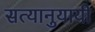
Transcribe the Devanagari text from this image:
सत्यानुयायी